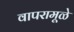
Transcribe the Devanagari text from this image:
वापरामूळे